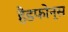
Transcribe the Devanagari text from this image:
हैडफोन्स